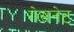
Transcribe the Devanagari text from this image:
गेसनेट